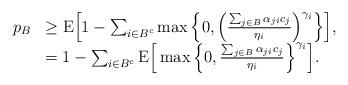
LaTeX: \begin{align*}\begin{array}{rl}p_B & \geq {\rm E} \Big[1-\sum_{i \in B^c}\max \Big\{0,\Big(\frac{\sum_{j\in B}\alpha_{ji}c_j}{\eta_i} \Big)^{\gamma_i} \Big\}\Big], \\ & = 1-\sum_{i\in B^c} {\rm E}\Big[ \max \Big\{0,\frac{\sum_{j\in B}\alpha_{ji}c_j}{\eta_i} \Big\}^{\gamma_i}\Big].\end{array}\end{align*}